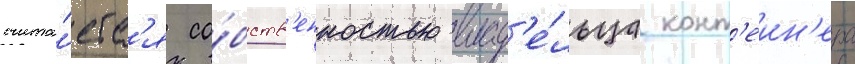
счита́етс'я со́бств'енностью влад'е́льца конт'еин'ера